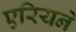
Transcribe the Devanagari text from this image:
एरियने